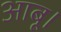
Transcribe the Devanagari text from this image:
आबू।